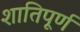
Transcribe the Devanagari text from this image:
शातिपूर्ण